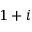
1 + i